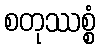
စတုဿစ္စံ